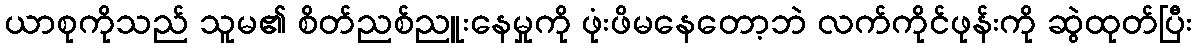
ယာစုကိုသည် သူမ၏ စိတ်ညစ်ညူးနေမှုကို ဖုံးဖိမနေတော့ဘဲ လက်ကိုင်ဖုန်းကို ဆွဲထုတ်ပြီး